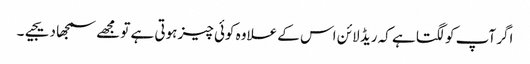
اگر آپ کو لگتا ہے کہ ریڈ لائن اس کے علاوہ کوئی چیز ہوتی ہے تو مجھے سمجھا دیجیے۔